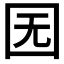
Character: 𡆶